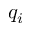
q _ { i }